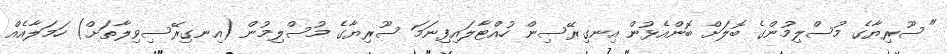
"ސޫރިޔާގެ މުސްލިމުންގެ ބޮލަށް ބޮންއެޅުން އިނގިރޭސިން ހުއްޓާލައިފިނަމަ ސޫރިޔާގެ މުސްލިމުން (އިނގިރޭސިވިލާތަށް) ހަމަލާއެއް